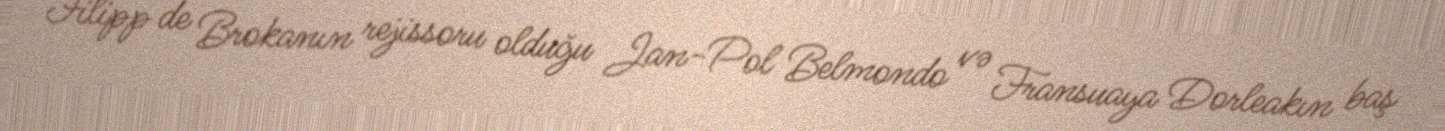
Filipp de Brokanın rejissoru olduğu Jan-Pol Belmondo və Fransuaya Dorleakın baş